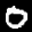
Label: 0